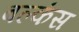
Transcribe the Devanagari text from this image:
बल्कंस